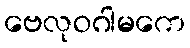
ဗေလုဝဂါမကေ